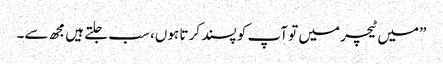
”میں ٹیچر میں تو آپ کو پسند کر تا ہوں، سب جلتے ہیں مجھ سے۔